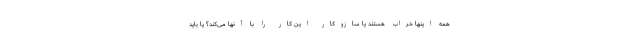
همه اینها خراب هستند یا سازوکار این کار را با آنها می‌کند؟ یا باید